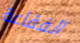
الفقاعة